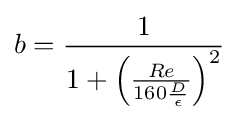
b={\frac {1}{1+\left({\frac {Re}{160{\frac {D}{\epsilon }}}}\right)^{2}}}